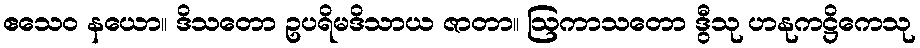
ဧသေဝ နယော။ ဒိသတော ဥပရိမဒိသာယ ဇာတာ။ ဩကာသတော ဒွီသု ဟနုကဋ္ဌိကေသု